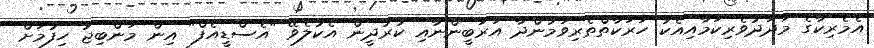
އެމެރިކާގެ މަދަދުވެރިކަމާއިއެކު ހަރަކާތްތެރިވަމުންދާ އަރަބީންނާއި ކުރުދީން އެކުލެވޭ "އެސްޑީއެފް" އިން މަންބިޖު ހިފުމަށް